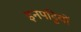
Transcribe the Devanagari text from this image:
इनपट्टियों